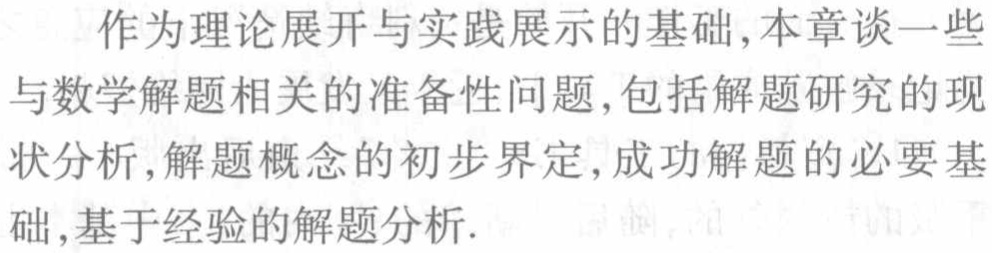
作为理论展开与实践展示的基础, 本章谈一些与数学解题相关的准备性问题, 包括解题研究的现状分析, 解题概念的初步界定, 成功解题的必要基础, 基于经验的解题分析.